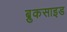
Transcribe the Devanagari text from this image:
ब्रुकसाइड